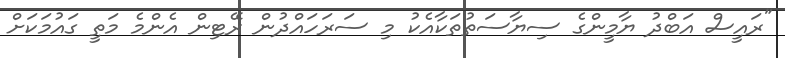
"ރައީސް އަބްދު ޔާމީންގެ ސިޔާސަތުތަކާއެކު މި ސަރަހައްދުން ރޭޓިން އެންމެ މަތީ ގައުމަކަށް